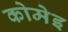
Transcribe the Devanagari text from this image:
कोमेइ